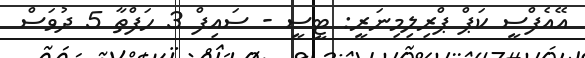
އޭއެފްސީ ކަޕް ޕްރިލިމިނަރީ: ޓީސީ - ސައިފް 3 ހަފްތާ 5 ދުވަސް